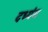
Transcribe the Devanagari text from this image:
दध्यंग